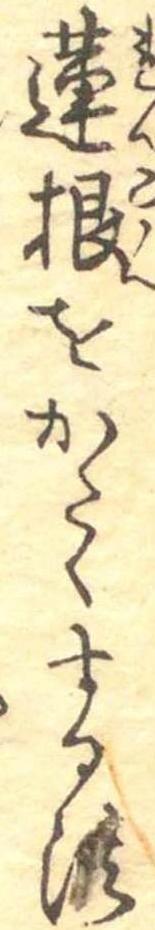
蓮根をかたくする法